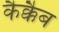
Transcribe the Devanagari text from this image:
कैक्कैब